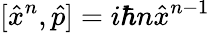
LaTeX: [{\hat{x}}^{n},{\hat{p}}]=i\hbar n{\hat{x}}^{n-1}